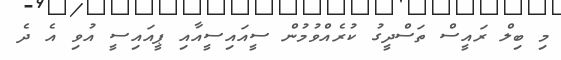
މި ބިލް ރައީސް ތަސްދީގު ކުރެއްވުމުން ސީއައިސީއާއި ޕީއައިސީ އުވި އެ ދެ